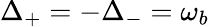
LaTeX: {\Delta}_{+}=-{\Delta}_{-}=\omega_{b}